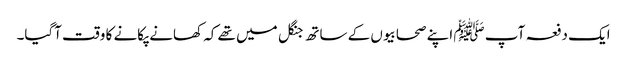
ایک دفعہ آپ ﷺ اپنے صحابیوں کے ساتھ جنگل میں تھے کہ کھانے پکانے کا وقت آگیا۔